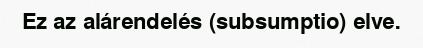
Ez az alárendelés (subsumptio) elve.